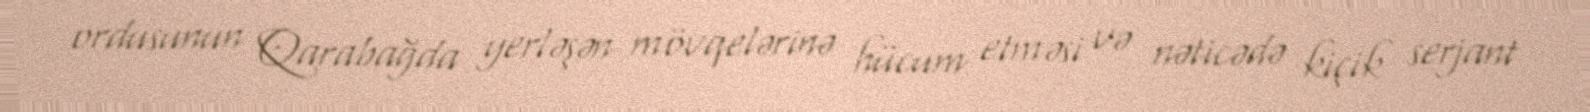
ordusunun Qarabağda yerləşən mövqelərinə hücum etməsi və nəticədə kiçik serjant